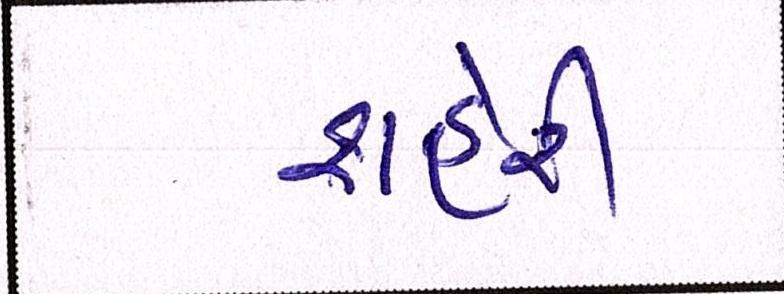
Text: શહેરી